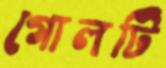
গোলটি